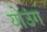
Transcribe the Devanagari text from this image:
योउंग